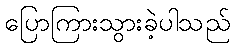
ပြောကြားသွားခဲ့ပါသည်